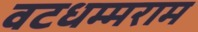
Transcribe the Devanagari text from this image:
वटधम्मराम